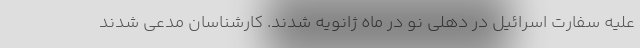
علیه سفارت اسرائیل در دهلی نو در ماه ژانویه شدند. کارشناسان مدعی شدند